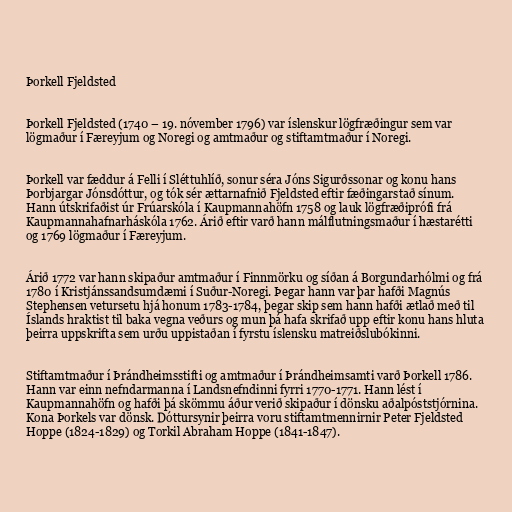
Þorkell Fjeldsted

Þorkell Fjeldsted (1740 – 19. nóvember 1796) var íslenskur lögfræðingur sem var
lögmaður í Færeyjum og Noregi og amtmaður og stiftamtmaður í Noregi.

Þorkell var fæddur á Felli í Sléttuhlíð, sonur séra Jóns Sigurðssonar og konu hans
Þorbjargar Jónsdóttur, og tók sér ættarnafnið Fjeldsted eftir fæðingarstað sínum.
Hann útskrifaðist úr Frúarskóla í Kaupmannahöfn 1758 og lauk lögfræðiprófi frá
Kaupmannahafnarháskóla 1762. Árið eftir varð hann málflutningsmaður í hæstarétti
og 1769 lögmaður í Færeyjum.

Árið 1772 var hann skipaður amtmaður í Finnmörku og síðan á Borgundarhólmi og frá
1780 í Kristjánssandsumdæmi í Suður-Noregi. Þegar hann var þar hafði Magnús
Stephensen vetursetu hjá honum 1783-1784, þegar skip sem hann hafði ætlað með til
Íslands hraktist til baka vegna veðurs og mun þá hafa skrifað upp eftir konu hans hluta
þeirra uppskrifta sem urðu uppistaðan í fyrstu íslensku matreiðslubókinni.

Stiftamtmaður í Þrándheimsstifti og amtmaður í Þrándheimsamti varð Þorkell 1786.
Hann var einn nefndarmanna í Landsnefndinni fyrri 1770-1771. Hann lést í
Kaupmannahöfn og hafði þá skömmu áður verið skipaður í dönsku aðalpóststjórnina.
Kona Þorkels var dönsk. Dóttursynir þeirra voru stiftamtmennirnir Peter Fjeldsted
Hoppe (1824-1829) og Torkil Abraham Hoppe (1841-1847).